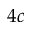
4 c